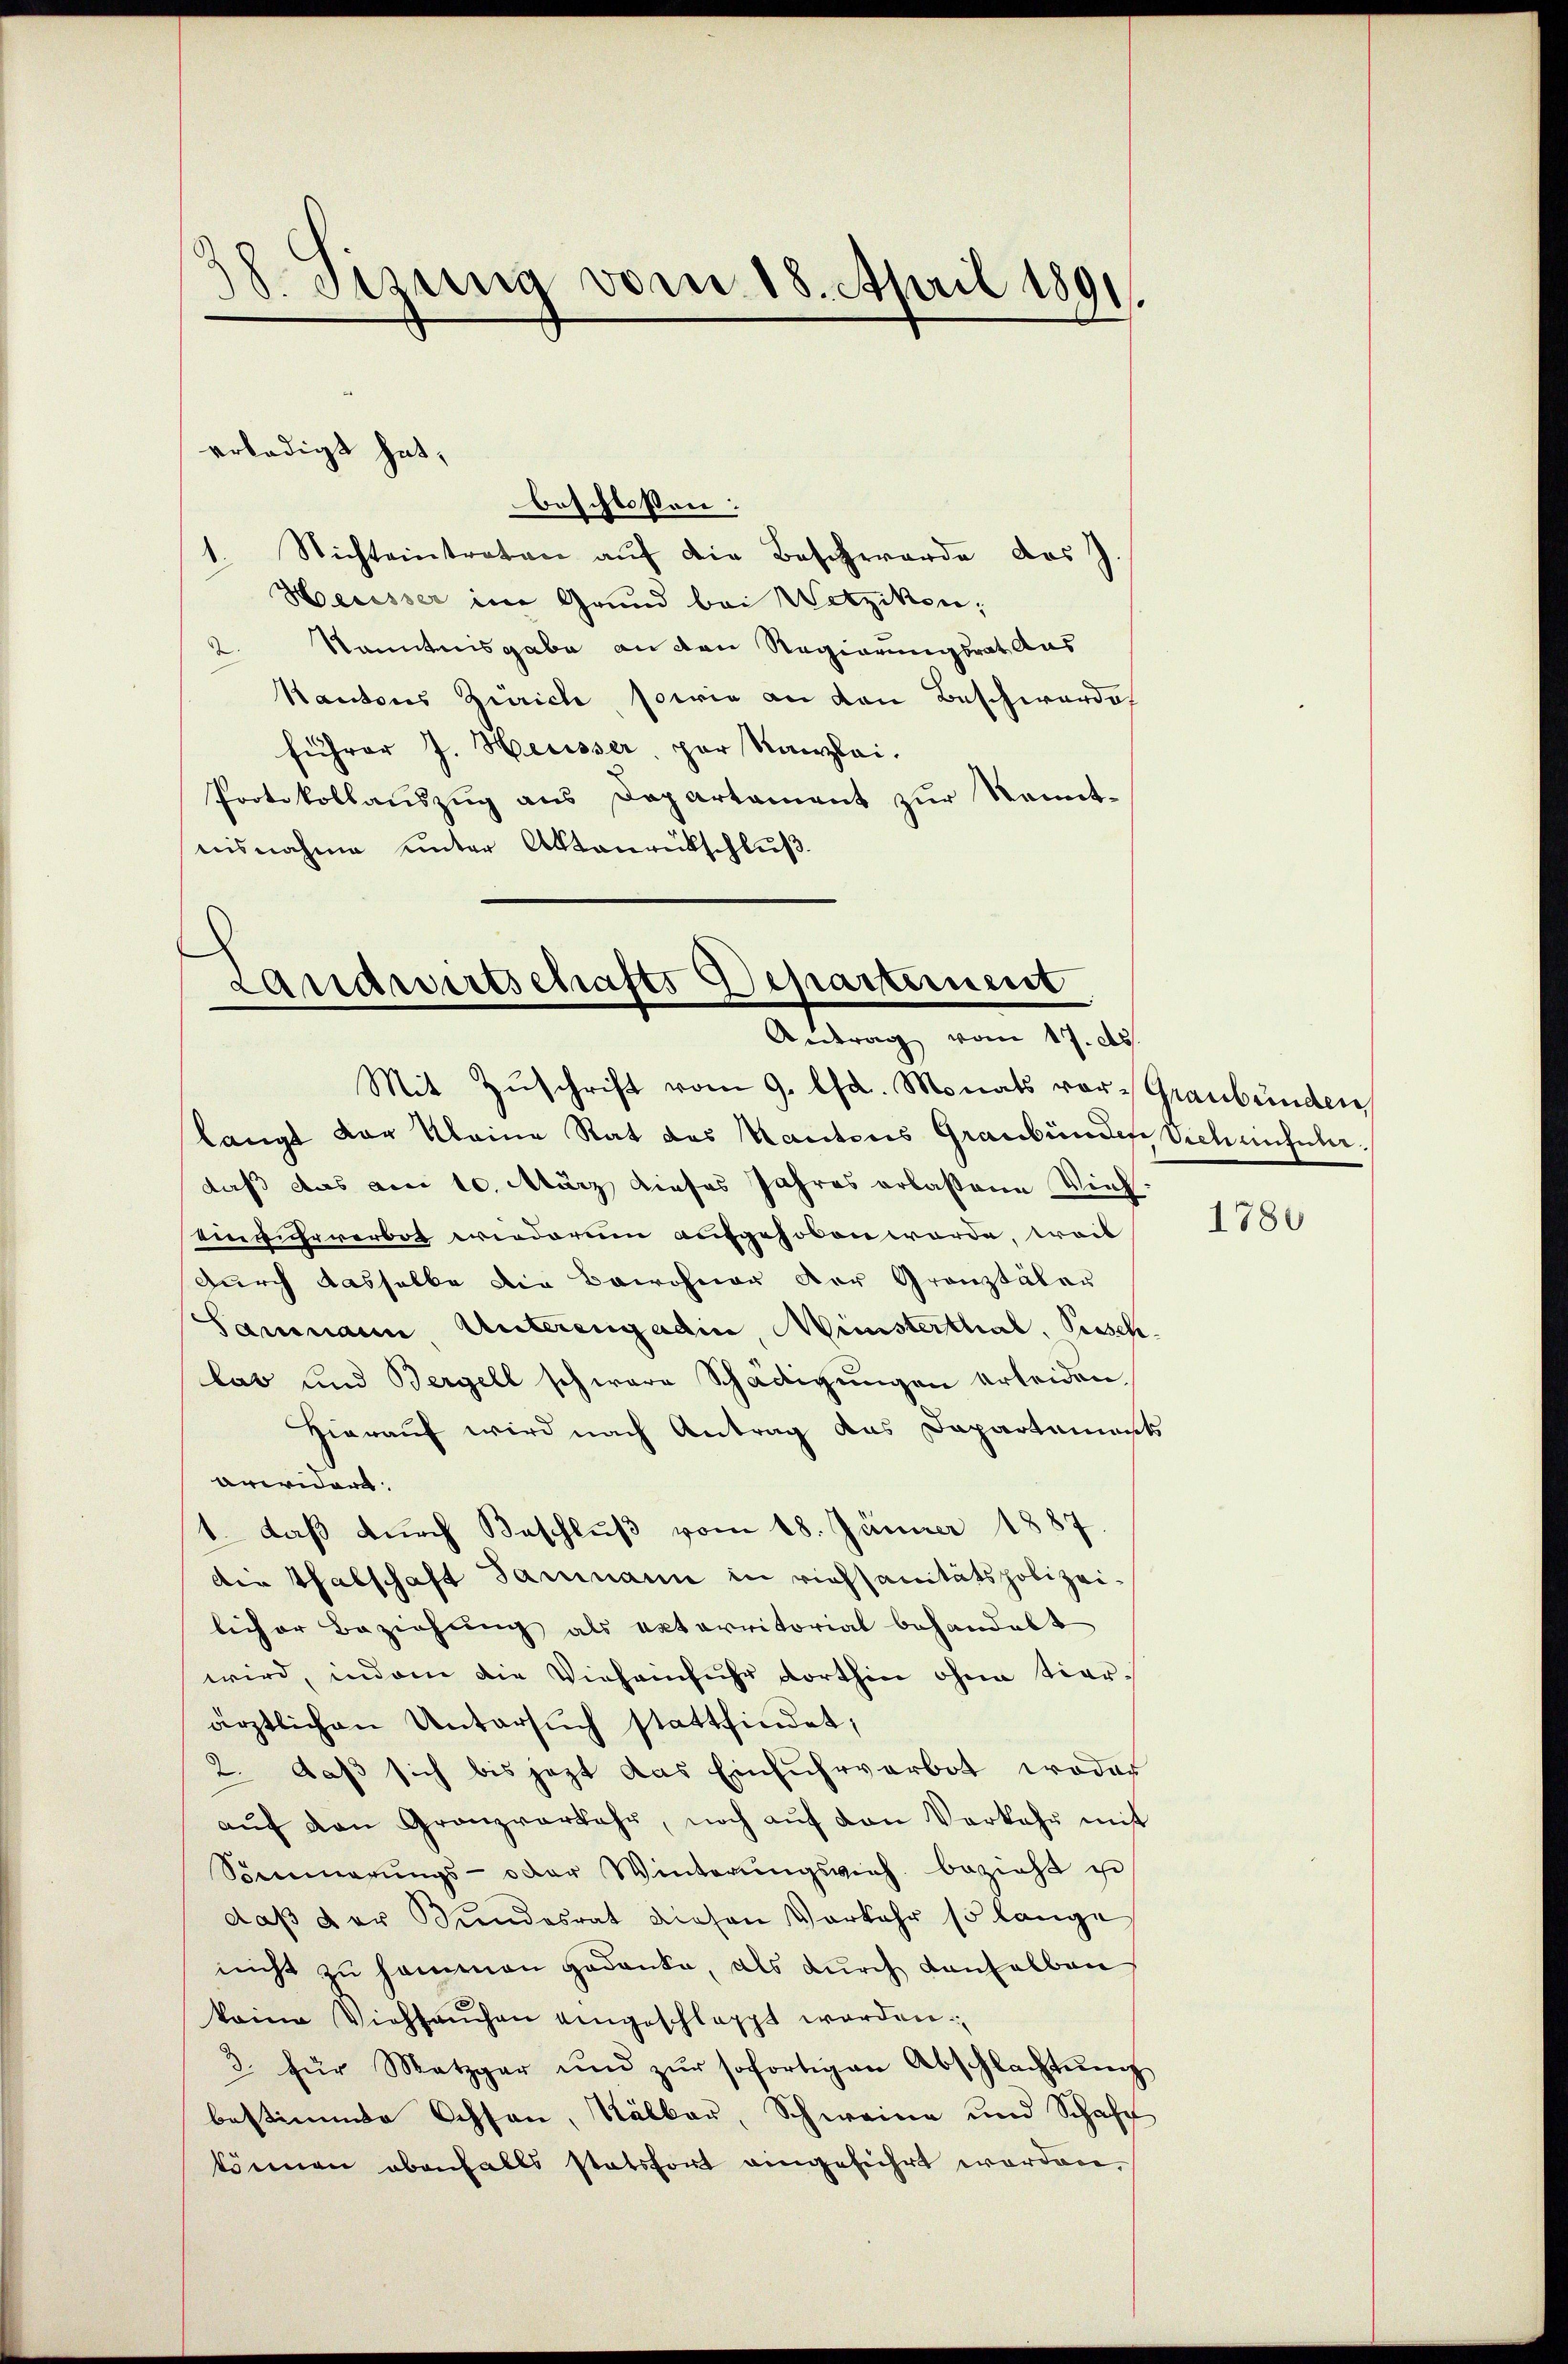
d
.
Sizung vom 18. April 1891.

erledigt hat,
beschlossen:
1. Nichteintreten aŭf die Beschwerde das
Herisser im Grund bei Wetzikon;
Kenntnisgabe an den Regierungsrat Aus
d
Kantons Zürich, sowie an den Beschwerde
führer J. Heusser, par Kanzlei.
Protokollauszug aus Departament zur Kenntwisnahme unter Aktenrückschluß.

Landwirtschafts Departiment
Antrag vom 17. d.
Mit Zŭschrift vom 9. Chr. Monats vor Graubünden

langt vor kleine Rat des Mantons Graubünder Sichenhuberdaß das am 10. März dieses Jahres erlassene Vieh.
Einfuhrverbot wiederum aufgehoben worde, weil
durch dasselbe die Bewohner der Gränztäler
Sammann Unterengadin, Ministerthal, Pusch.
las und Bergell schwere Schädigungen erleiden,
Hierauf wird nach Antrag das Dapartements
arwidert.
1. daß durch Beschluß vom 18. Jänner 1887.
Die Thalschaft Sammann in riefsanitätspolizeilicher Beziehung als exterritorial behandelt
wird, indem die Viehainfuhr dorthin ohne tierärztlichen Untersuch stattfindet;
2. daß sich bis jezt das Einfuhrverbot, wodar
aŭf den Granzverkehr, noch aŭf von Verkehr mit
Sommerŭngs- oder Winterŭngsvieh bezieht je
daß der Kindesrat diesen Vorkehr so lange
nicht zu sammen gedanke, als durch denselben
keine Viehseuchen eingeschlappt worden.
3. für Metzger und zŭr sofortigen Abschlachtŭng
bestimmte Ochsen, Kälber, Schweine und Schaft
können ebenfalls statsfort eingeführt worden,

1780